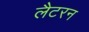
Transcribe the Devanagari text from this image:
लैटरन